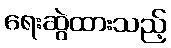
ရေးဆွဲထားသည့်